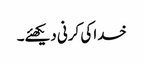
خدا کی کرنی دیکھئے۔